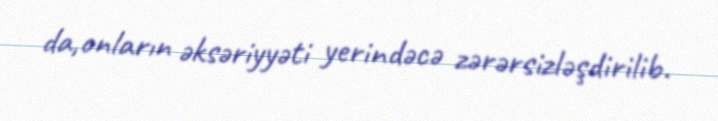
da,onların əksəriyyəti yerindəcə zərərsizləşdirilib.